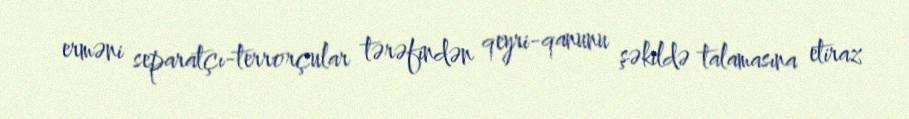
erməni separatçı-terrorçular tərəfindən qeyri-qanunu şəkildə talamasına etiraz